DOW-UAP-D63, Mission Report, Strait of Hormuz, October 2020
Agency: Department of War
Incident date: 10/1/20
Incident location: Strait of Hormuz
Page 7
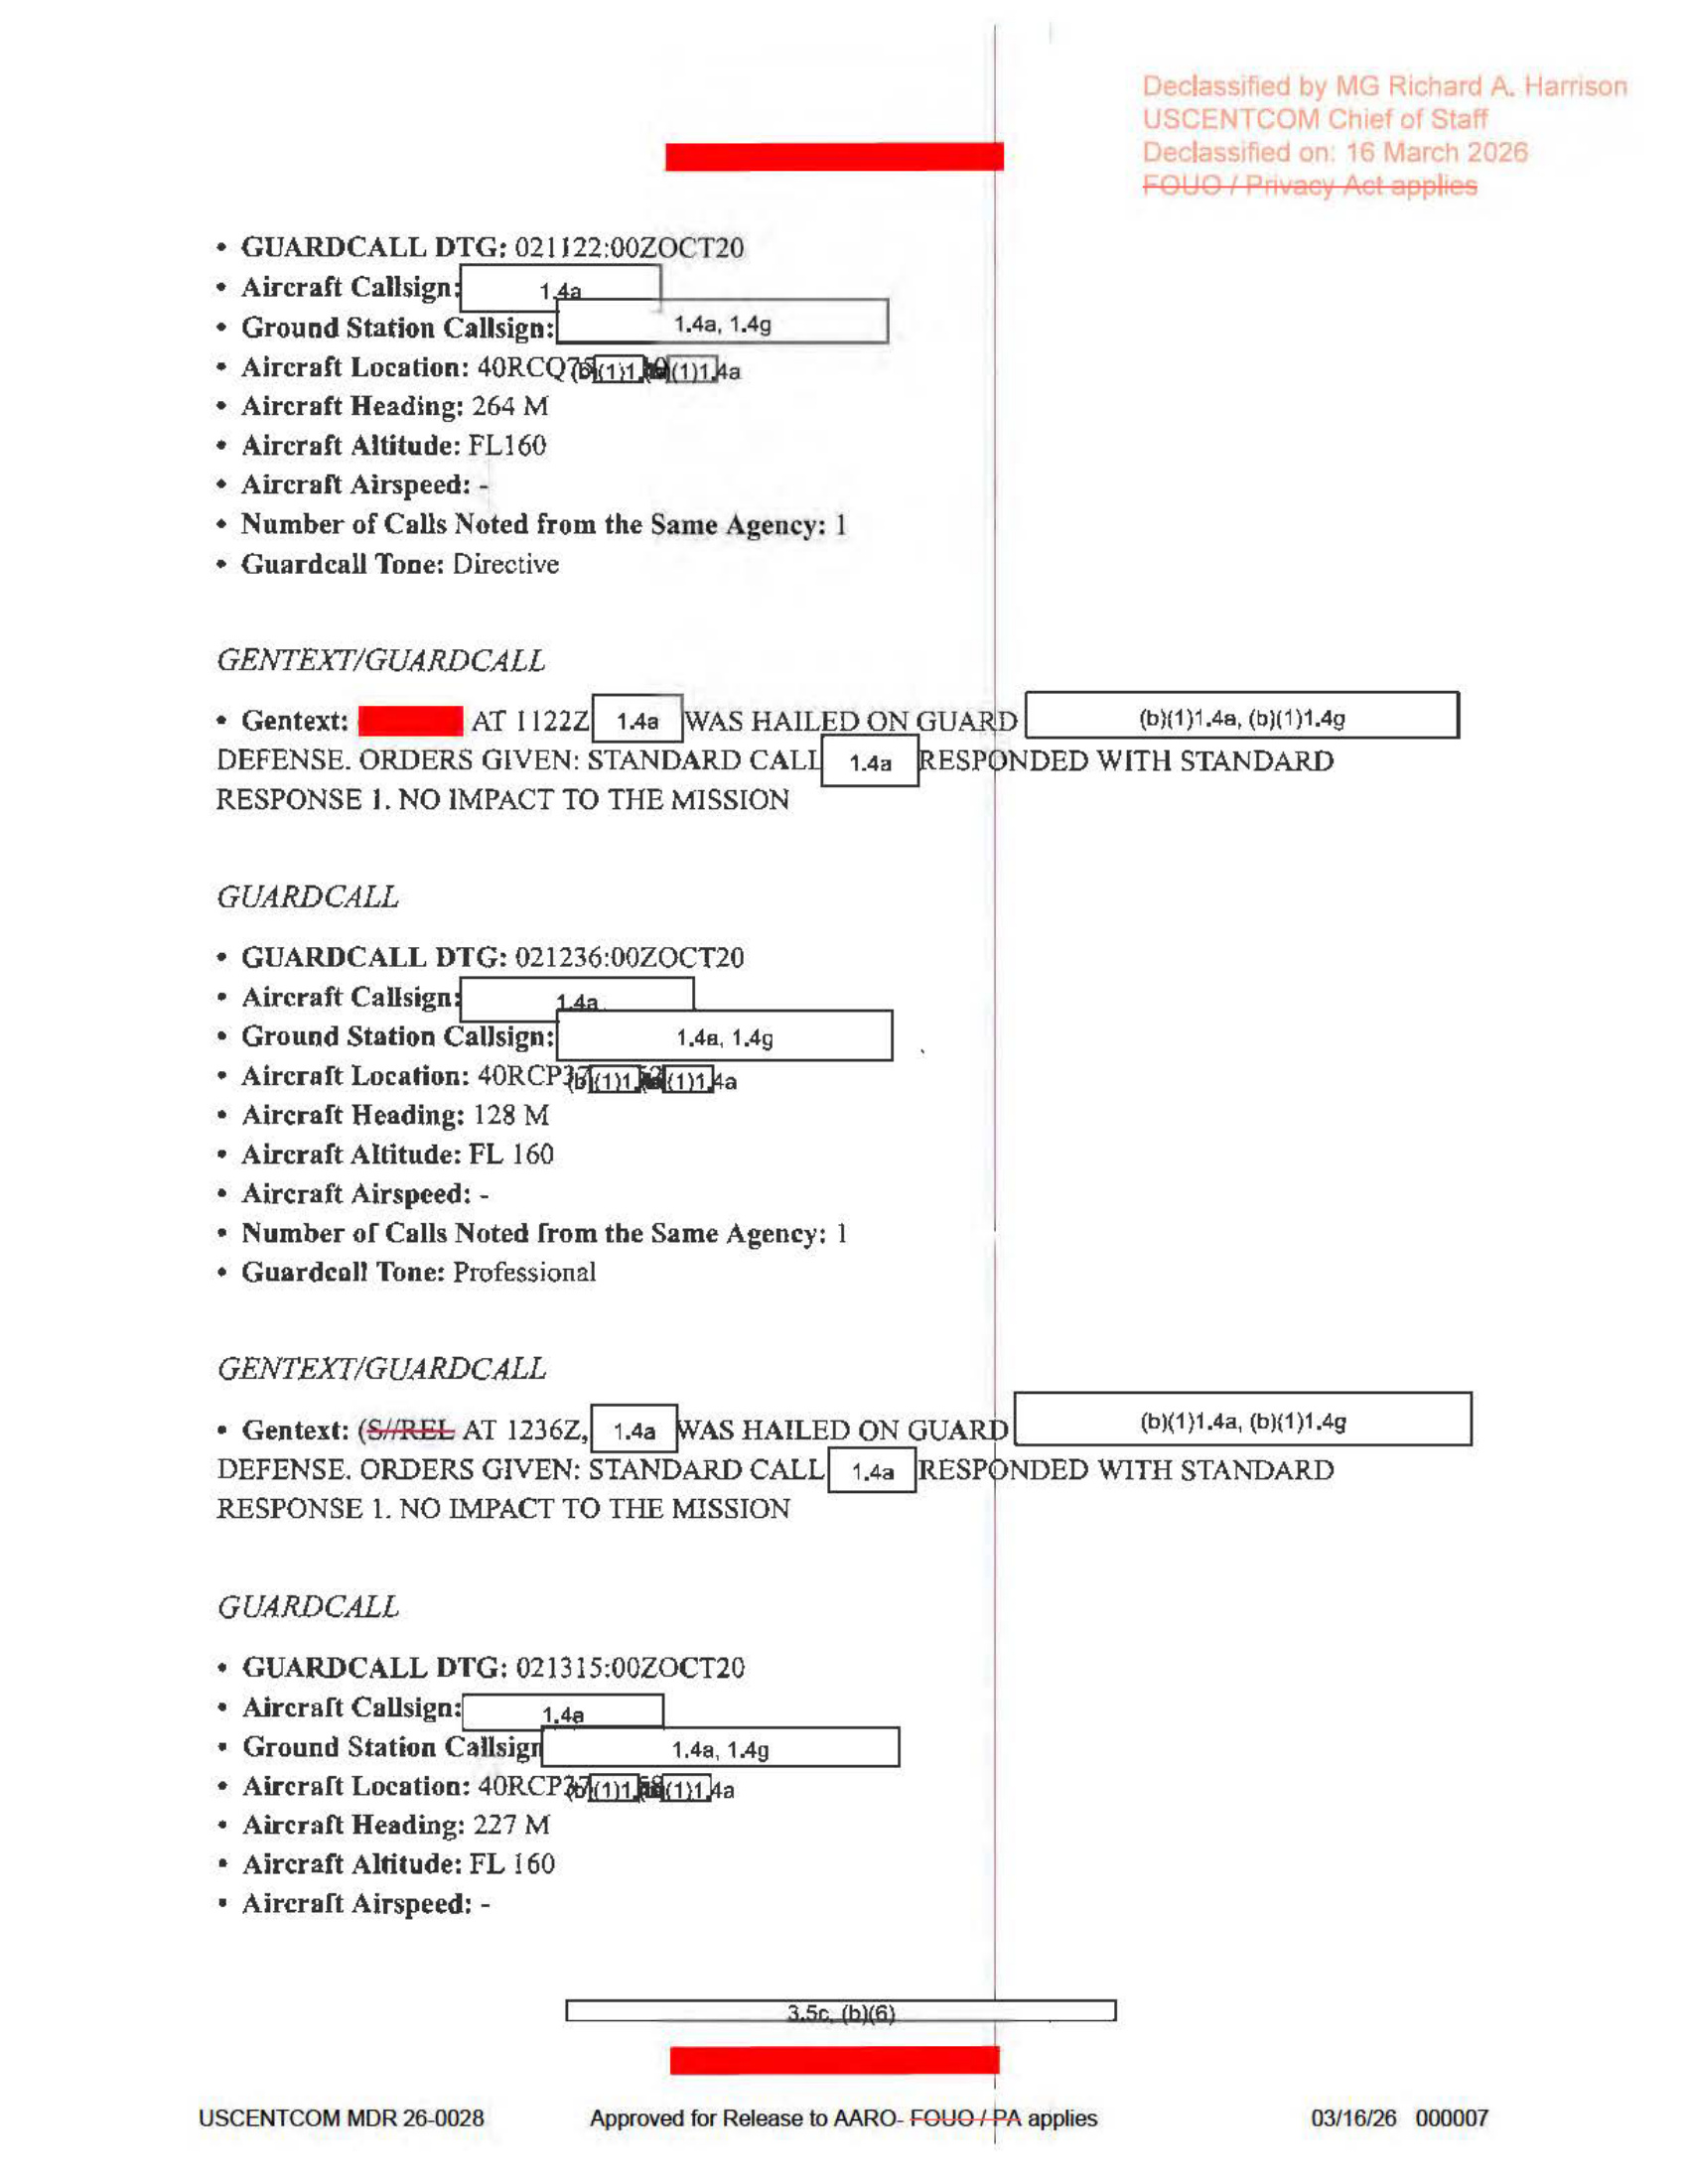